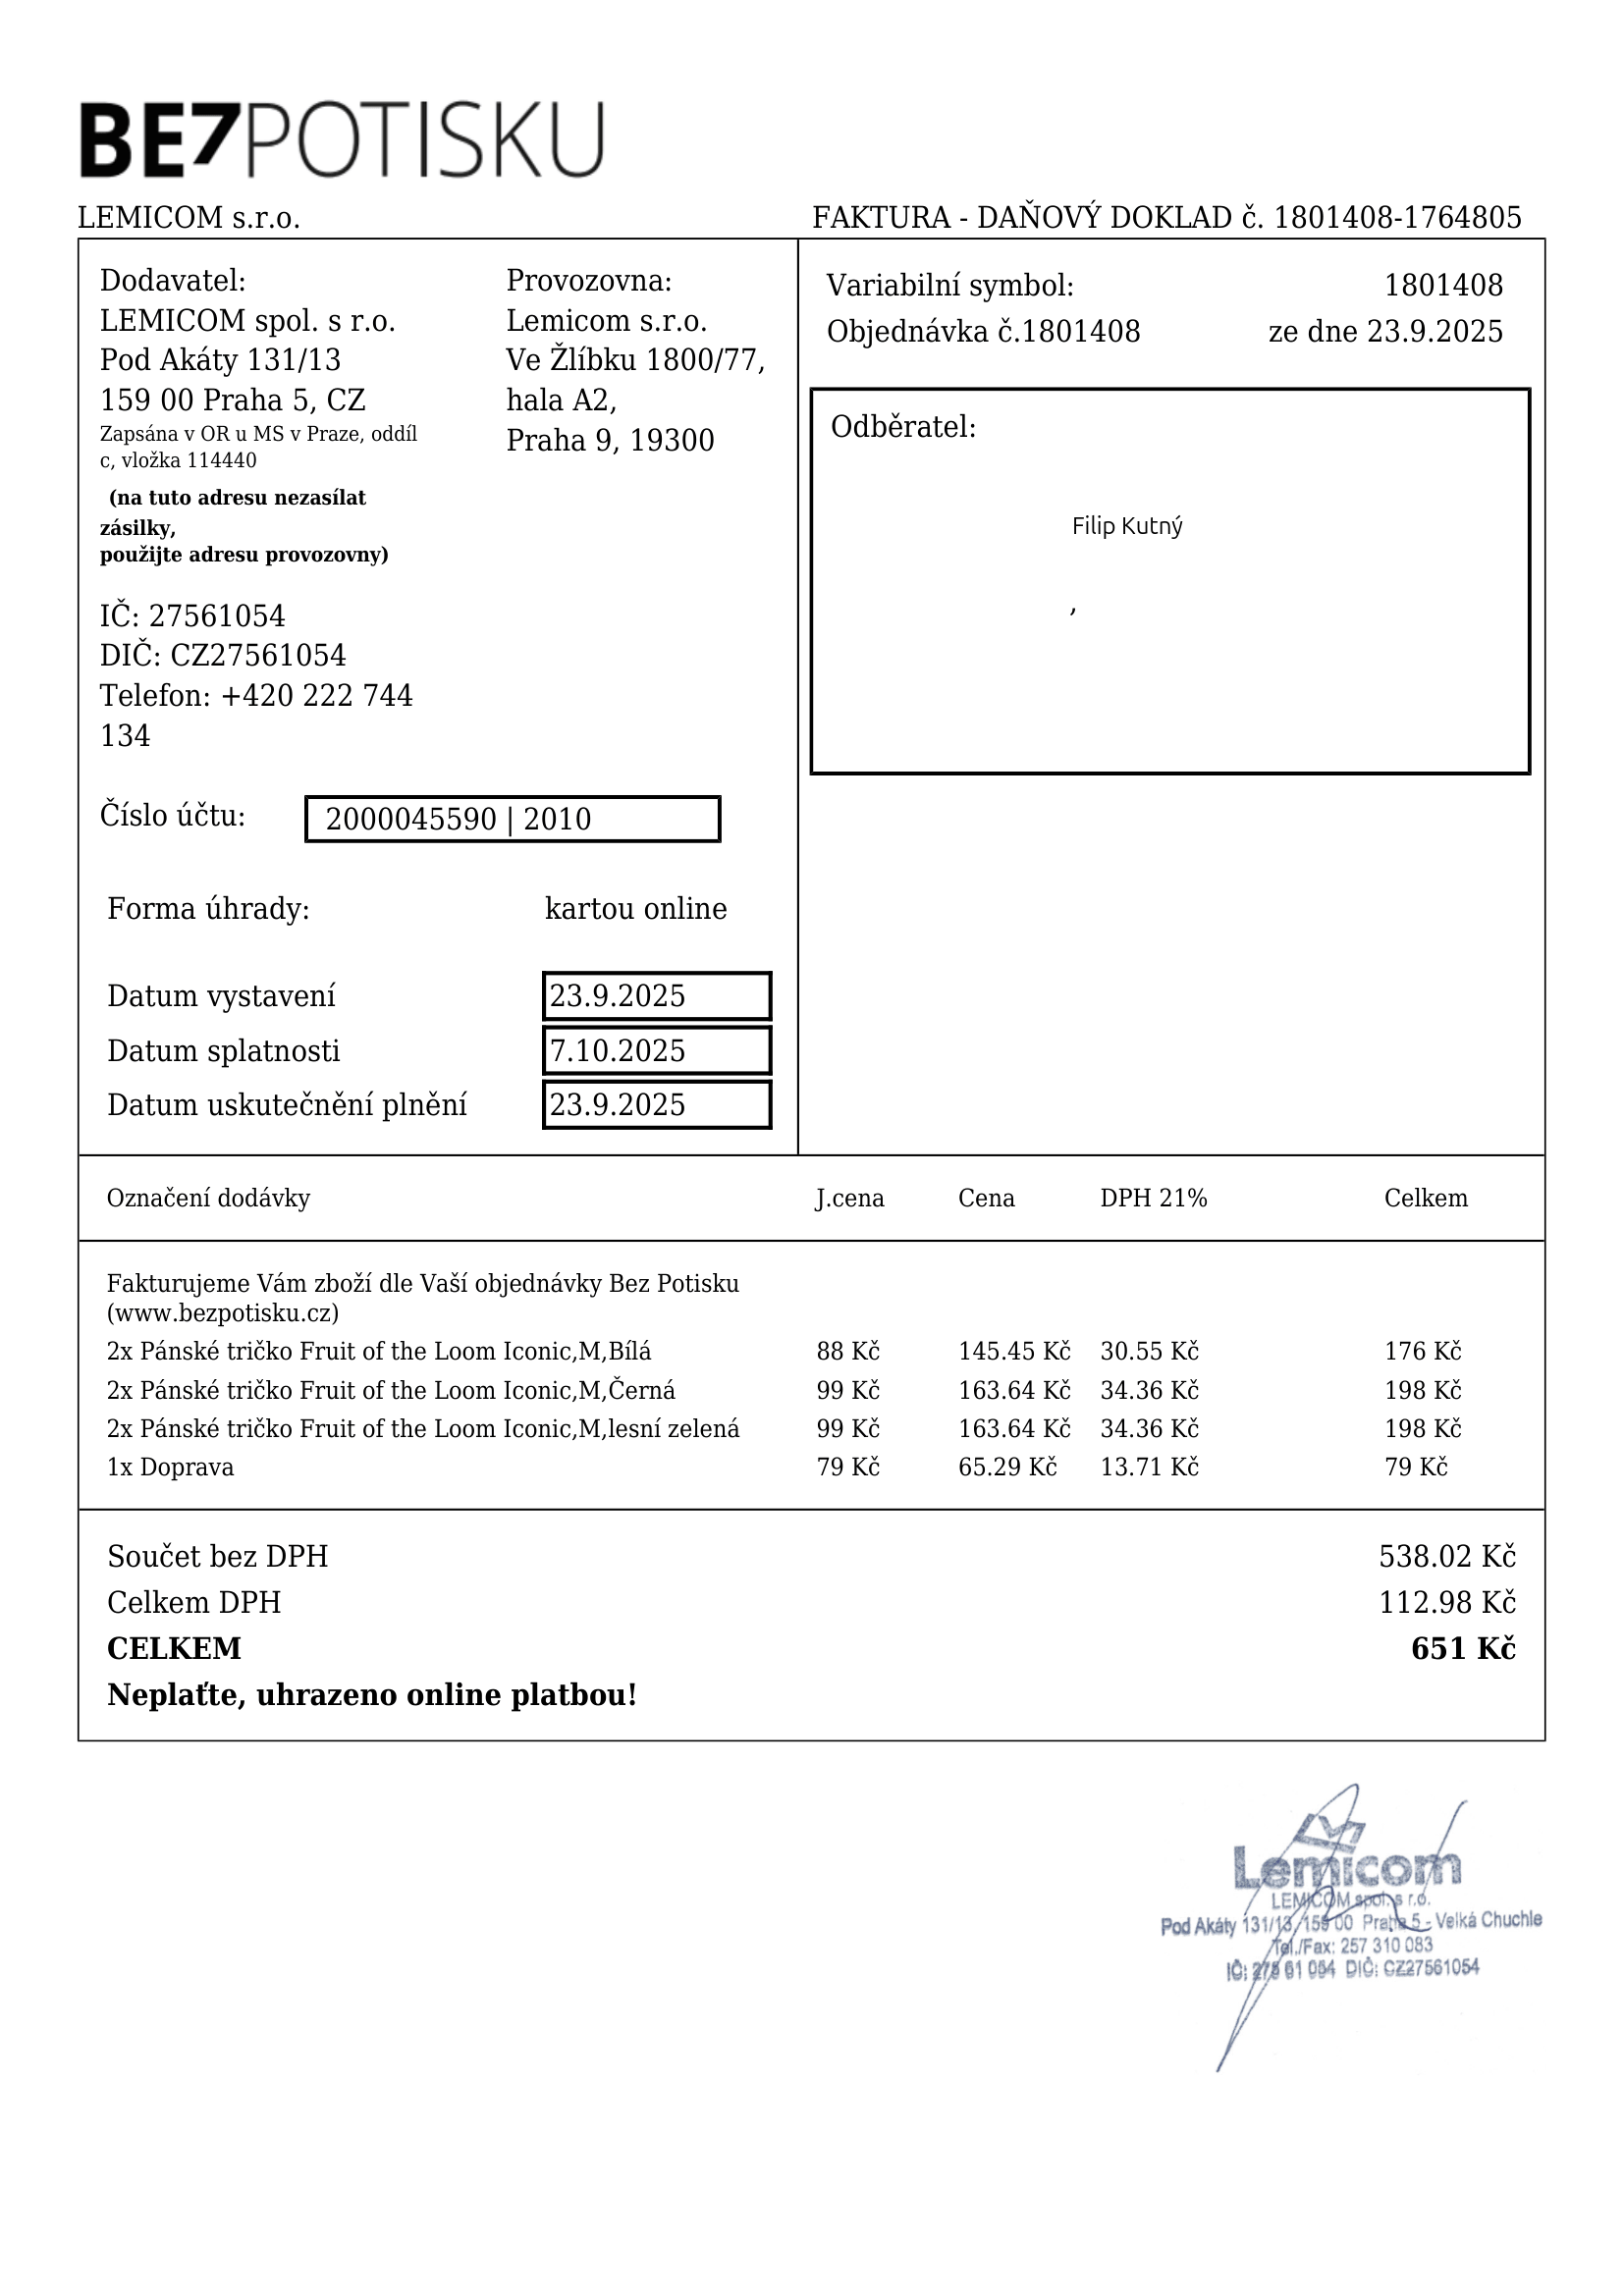
invoice_number: 1801408-1764805
supp_register_id: 27561054
supp_tax_id: CZ27561054
issue_date: 23.9.2025
taxable_supply_date: 23.9.2025
due_date: 7.10.2025
payment_type: kartou online
bank_account_number: 2000045590/2010
variable_symbol: 1801408
total: 651